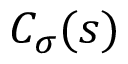
C _ { \sigma } ( s )